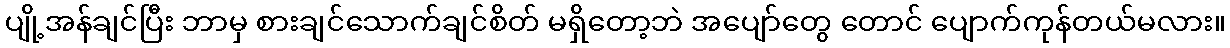
ပျို့အန်ချင်ပြီး ဘာမှ စားချင်သောက်ချင်စိတ် မရှိတော့ဘဲ အပျော်တွေ တောင် ပျောက်ကုန်တယ်မလား။